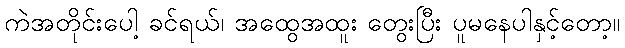
ကဲအတိုင်းပေါ့ ခင်ရယ်၊ အထွေအထူး တွေးပြီး ပူမနေပါနှင့်တော့။